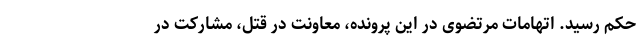
حکم رسید. اتهامات مرتضوی در این پرونده، معاونت در قتل، مشارکت در